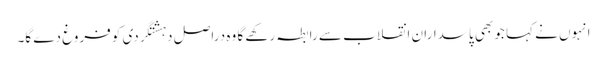
انہوں نے کہا جو بھی پاسداران انقلاب سے رابطہ رکھے گا وہ دراصل دہشتگردی کو فروغ دے گا۔